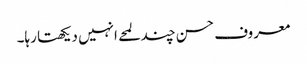
معروف حسن چند لمحے انہیں دیکھتا رہا۔